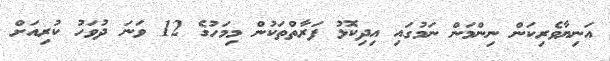
އަނިޔާވެރިކަން ނިންމަން ނަމުގައި އިދިކޮޅު ފަރާތްތަކުން މިމަހުގެ 12 ވަނަ ދުވަހު ކުރިއަށް